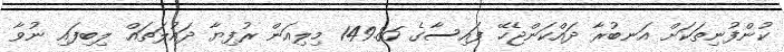
ކުންފުނިތަކަށް އަނބުރާ ދައްކަންޖެހޭ ފައިސާގެ 149.86 މިލިއަން ރުފިޔާ ދައުލަތައް ލިބިފައި ނުވާ